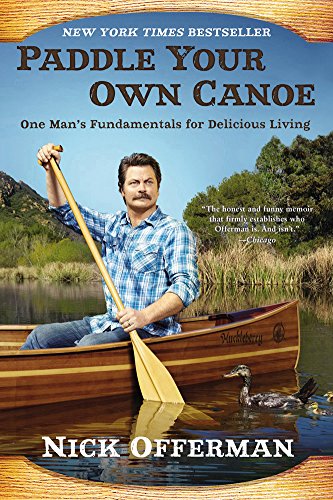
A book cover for Paddle Your Own Canoe: One Man's Fundamentals for Delicious Living; Nick Offerman; Humor & Entertainment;